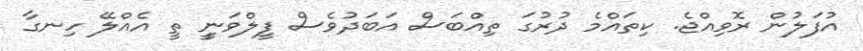
އުފަލުން ރޮވިއްޖެ. ކިތައްމެ ދުރުގަ ތިއްބަސް އަބަދުވެސް ފީލްވަނީީ ތީީ އެއްލޭ ހިނގާ